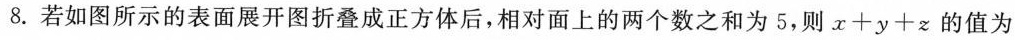
8.若如图所示的表面展开图折叠成正方体后，相对面上的两个数之和为5，则x+y+z的值为